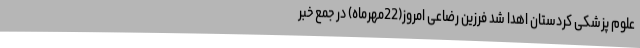
علوم پزشکی کردستان اهدا شد فرزین رضاعی امروز(22مهرماه) در جمع خبر